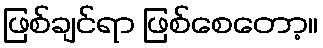
ဖြစ်ချင်ရာ ဖြစ်စေတော့။